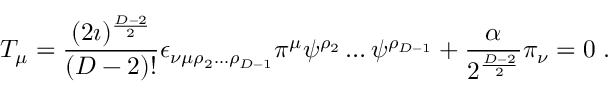
T _ { \mu } = \frac { ( 2 \imath ) ^ { \frac { D - 2 } { 2 } } } { ( D - 2 ) ! } \epsilon _ { \nu \mu \rho _ { 2 } \ldots \rho _ { D - 1 } } \pi ^ { \mu } \psi ^ { \rho _ { 2 } } \ldots \psi ^ { \rho _ { D - 1 } } + \frac { \alpha } { 2 ^ { \frac { D - 2 } { 2 } } } \pi _ { \nu } = 0 \; .